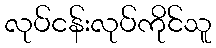
လုပ်ငန်းလုပ်ကိုင်သူ